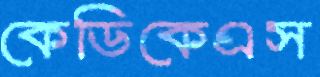
কেডিকেএস